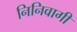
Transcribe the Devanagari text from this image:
निनिवागी